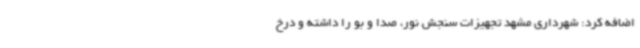
اضافه کرد: شهرداری مشهد تجهیزات سنجش نور، صدا و بو را داشته و درخ